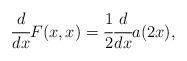
LaTeX: \begin{align*} \cfrac{d}{dx} F(x, x) = \cfrac{1}{2} \cfrac{d}{dx} a(2 x),\end{align*}